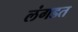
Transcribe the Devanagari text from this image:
लंगडत